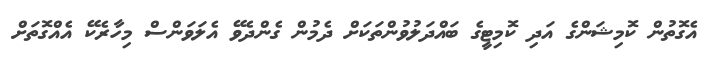
އެގޮތުން ކޮމިޝަންގެ އަދި ކޮމިޓީގެ ބައްދަލުވުންތަކަށް ދެމުން ގެންދެވޭ އެލަވަންސް މިހާރެކޭ އެއްގޮތަށް